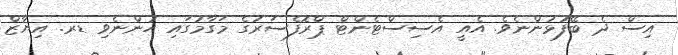
އިސް ދެ ބޭފުޅުންނެވެ. އެއީ އެސިސްޓެންޓް ޕްރޮފެސަރުގެ މަގާމުގައި ހުންނެވި ޑރ. އިޔާޒް